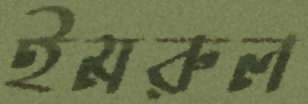
ইমরুল